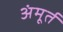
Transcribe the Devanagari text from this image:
अंमूर्त